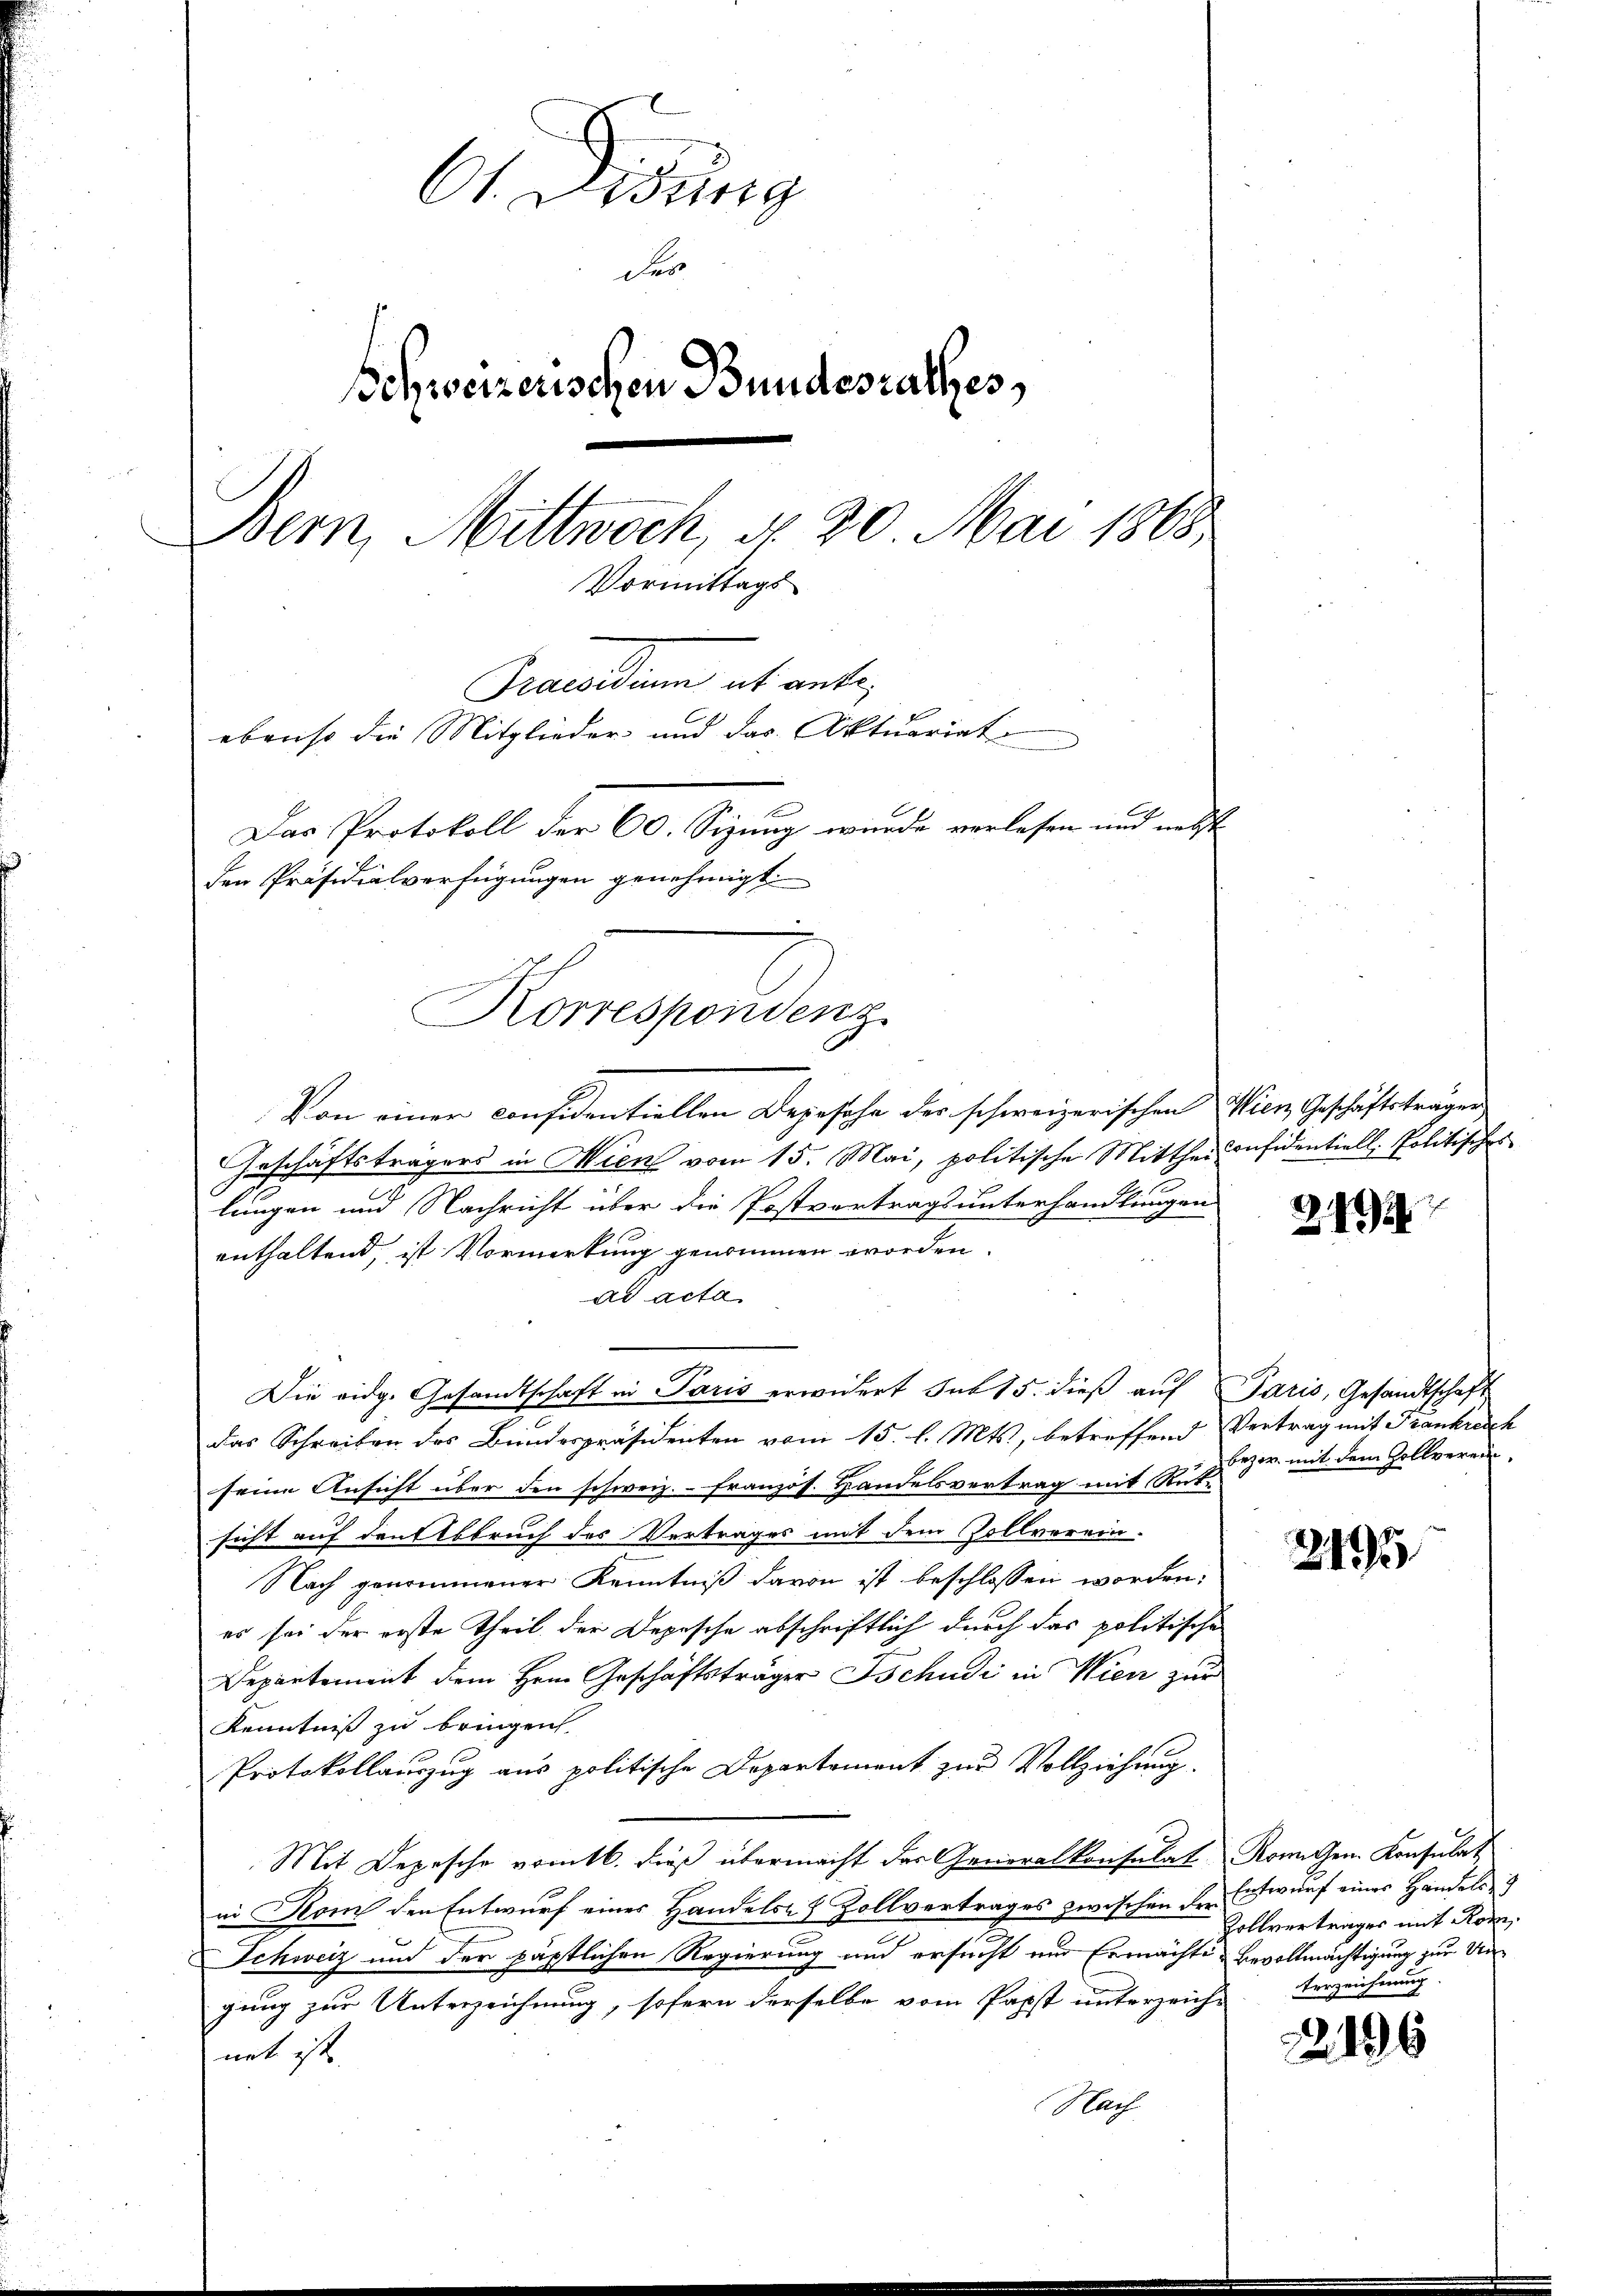
61. Didung
der
schweizerischen Bundesrathes,
Bern, Mittwoch, § 20 Mai 1868
Vormittags
Praesiduum et ante
ebenso die Mitglieder und das Aktuariat
)
Das Protokoll der 60. Sizung wurde verlesen und nebst
den Präsidialverfügungen genehmigt.
Korrespondenz

Von einer considentiellen Depesche der schweizerischen Wien Geschäftsträgen
Geschäftsträgers in Wien vom 15. Mai, politische Mitthei Considentiell, Politisches
lungen und Nachricht über die Postvertragsunterhandlungen
enthaltend, ist Vormerkung genommen worden.
ad acta
Die eidg. Gesandtschaft in Paris erwidert sub 15. dieß auf Paris, Gesandtschaft

das Schreiben des Bundespräsidenten vom 15. l. Mts., betreffend Vertrag mit Frankreich
seine Ansicht über den schweiz.- französ. Handelsvertrag mit Rütsicht auf den Abbruch des Vertrages mit dem Zollverein.
Nach genommener Kenntniß davon ist beschlossen worden:
es sei der erste Theil der Depesche abschriftlich durch das politische
Departement dem Herrn Geschäftsträger Tschudi in Wien zur
Kenntniß zu bringen
Protokollaŭszŭg aŭs politische Departement zŭr Vollziehung.
Mit Depesche vom 6. dieß übermacht der Generalkonsulat Romigen Konsulat
in Rom den Entwurf eines Handels- & Zollvertrages zwischen der Entwurf eines Handels
Schweiz und der päpstlichen Regierung und ersucht und Ermächte Bevollmächtigung zur Ungung zur Unterzeichnung, sofern derselbe vom Papst unterzeich-
net ist.
Pach

28

bezer, mit dem Zollverein¬

2195

Zollvertrages mit Rom.
terzeichnung

2196